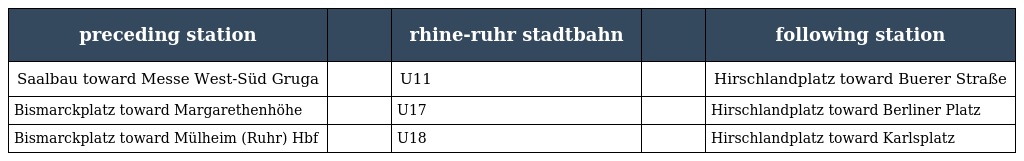
| preceding station |  | rhine-ruhr stadtbahn |  | following station |
 | --- | --- | --- | --- | --- |
 | Saalbau toward Messe West-Süd Gruga |  | U11 |  | Hirschlandplatz toward Buerer Straße |
 | Bismarckplatz toward Margarethenhöhe |  | U17 |  | Hirschlandplatz toward Berliner Platz |
 | Bismarckplatz toward Mülheim (Ruhr) Hbf |  | U18 |  | Hirschlandplatz toward Karlsplatz |